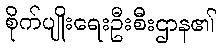
စိုက်ပျိုးရေးဦးစီးဌာန၏